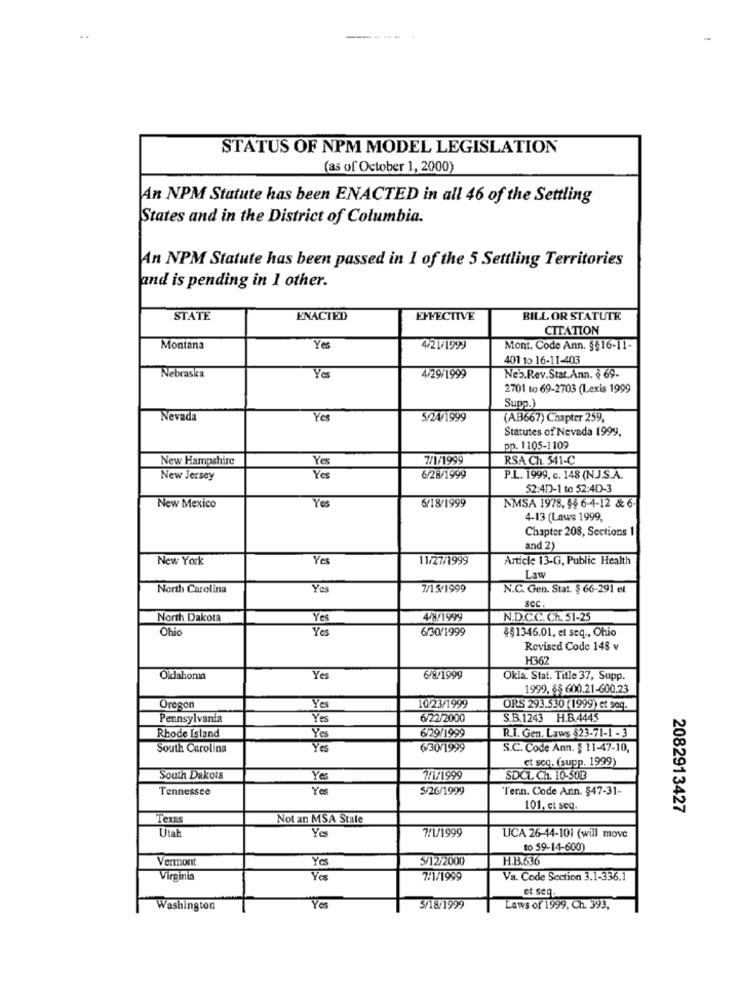
STATUS OF NPM MODEL LEGISLATION
(as of October 1, 2000)
An NPM Statute has been ENACTED in all 46 of the Settling
States and in the District of Columbia.
An NPM Statute has been passed in 1 of the 5 Settling Territories
and is pending in 1 other.
STATE
ENACTED
EFFECTIVE
BILL OR STATUTE
CITATION
Montana
Yes
4.21/1999
Mont. Code Ann. §§16-11-
401 10 16-11-403
Nebraska
Yes
4/29/1999
Neb.Rev.Stat.Ann. § 69-
2701 to 69-2703 (Lexis 1999
Supp.)
Nevada
Yes
5/24/1999
(AB667) Chapter 259,
Statutes of Nevada 1999.
pp. 1105-1109
New Hampshire
Yes
7/1/1999
RSA Ch. 541-C
New Jersey
Yes
6/28/1999
P.L. 1999, c. 148 (N.J.S.A.
52:4D)-1 to 52:4D-3
Yes
NMSA 1978, $$ 6-4-12 & 6-
New Mexico
6/18/1999
4-13 (Laws 1999,
Chapter 208, Sections 1
and 2)
New York
Yes
11/27/1999
Article 13-G, Public Health
Law
North Carolina
Yes
7/15/1999
N.C. Gen. Stat. § 66-291 et
sec.
North Dakota
Yes
4/8/1999
N.D.C.C. Ch. 51-25
Ohio
Yes
6/30/1999
$§1346.01, et seq ., Ohio
Revised Code 148 v
H362
Oklahoma
Yes
6/8/1999
Okla. Stat. Title 37, Supp.
1999, 85 600.21-600.23
Oregon
Yes
10.23/1999
ORS 293.530 (1999) et seq.
Pennsylvania
Yes
6/22/2000
S.B.1243 H.B.4445
Rhode Island
Yes
6/29/1999
R.I. Gen. Laws $23-71-1 -3
South Carolina
Yes
6/30/1999
S.C. Code Ann. § 11-47-10,
et seq. (supp. 1999)
South Dakota
Yes
7/1/1999
SDCL Ch. 10-50B
Tennessee
Ye
5/26/1999
'T'enn. Code Ann. $47-31-
101, et seq.
2082913427
Texas
Not an MSA Stale
Utal
Yes
7/1/1999
UCA 26-44-101 (will move
to 59-14-600)
Vermont
Yes
5/12/2000
H.B.636
Virginia
7/1/1999
Va. Code Section 3.1-336.1
et seq.
Washington
Yos
5/18/1999
Laws of 1999, Ch. 393,